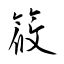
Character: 筱